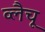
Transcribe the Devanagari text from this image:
व्लैचू